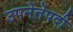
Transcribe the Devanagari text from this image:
उपनेतेपदी